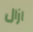
ازال